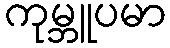
ကုမ္ဘူပမာ